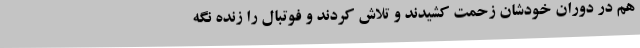
هم در دوران خودشان زحمت کشیدند و تلاش کردند و فوتبال را زنده نگه